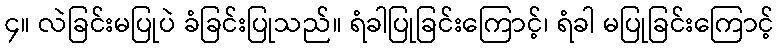
၄။ လဲခြင်းမပြုပဲ ခံခြင်းပြုသည်။ ရံခါပြုခြင်းကြောင့်၊ ရံခါ မပြုခြင်းကြောင့်